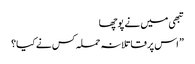
تبھی میں نے پوچھا
” اس پر قاتلانہ حملہ کس نے کیا؟